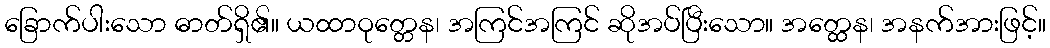
ခြောက်ပါးသော ဓာတ်ရှိ၏။ ယထာဝုတ္တေန၊ အကြင်အကြင် ဆိုအပ်ပြီးသော။ အတ္ထေန၊ အနက်အားဖြင့်။